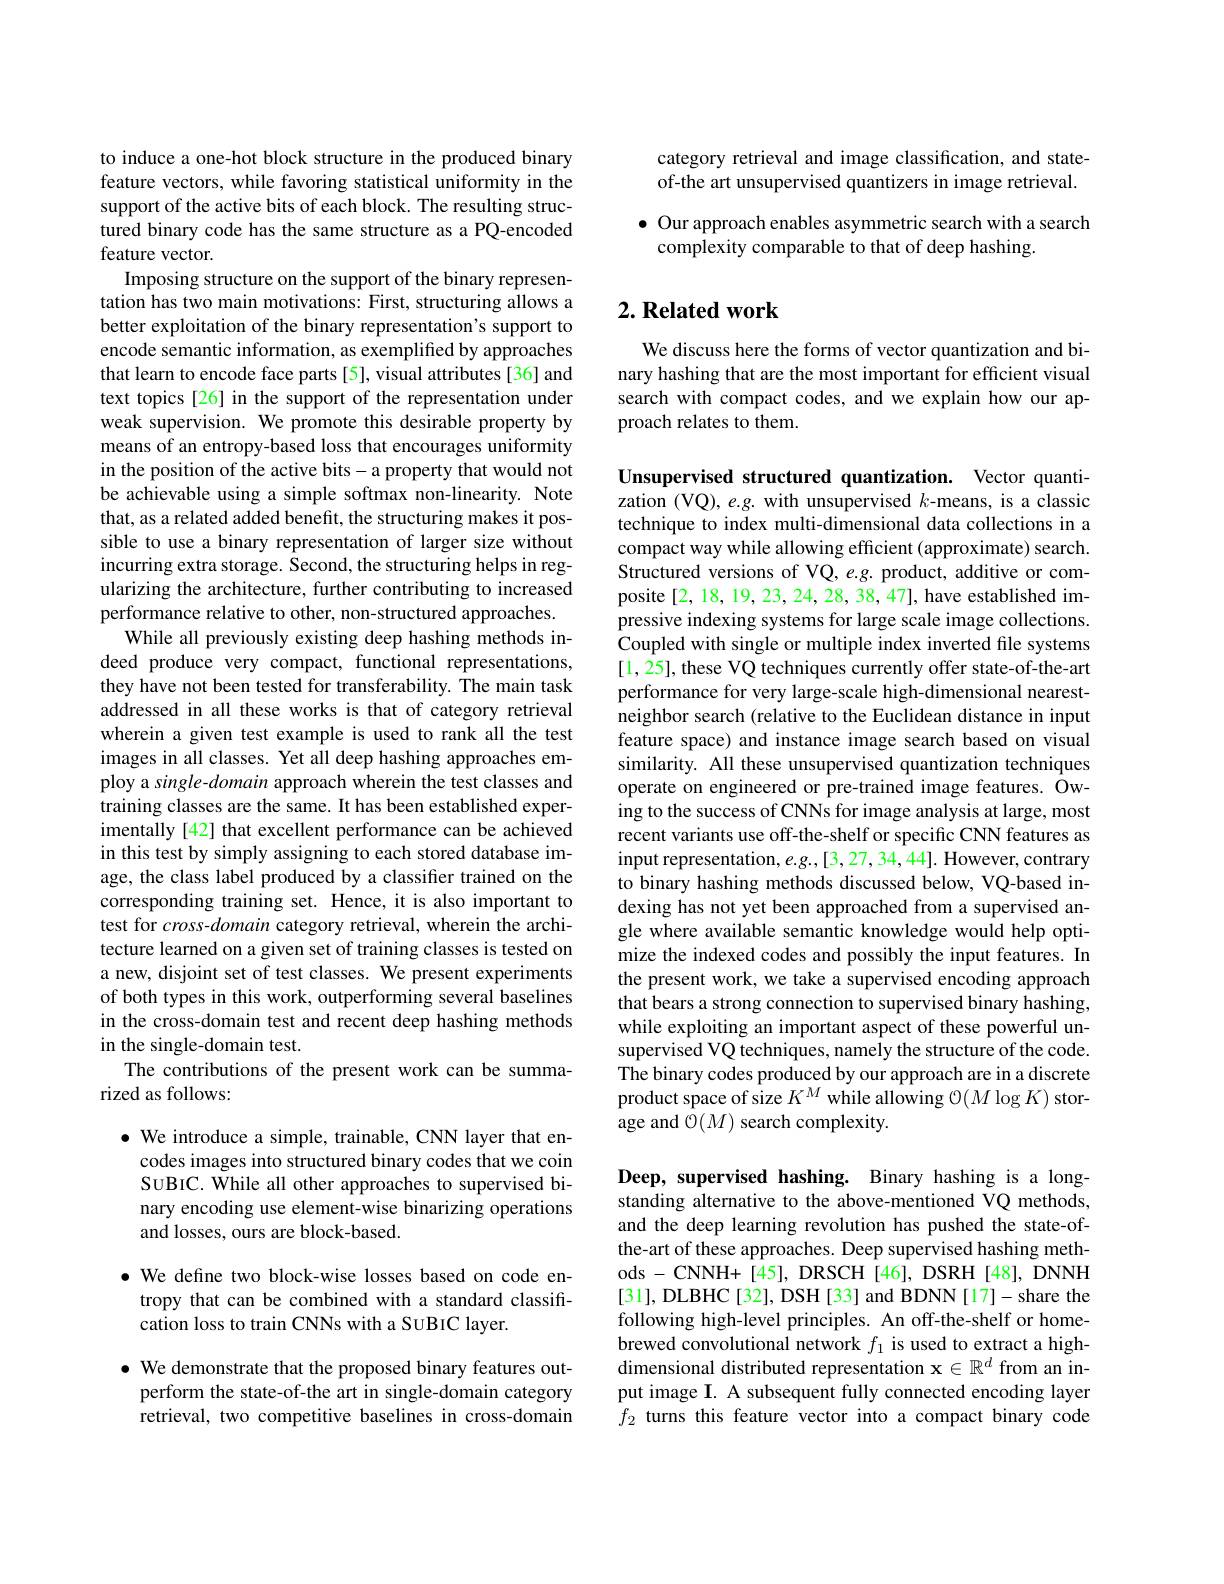
to induce a one-hot block structure in the produced binary feature vectors, while favoring statistical uniformity in the support of the active bits of each block. The resulting structured binary code has the same structure as a PQ-encoded feature vector.
Imposing structure on the support of the binary representation has two main motivations: First, structuring allows a better exploitation of the binary representation's support to encode semantic information, as exemplified by approaches that learn to encode face parts [5], visual attributes [36] and text topics [26] in the support of the representation under weak supervision. We promote this desirable property by means of an entropy-based loss that encourages uniformity in the position of the active bits- a property that would not be achievable using a simple softmax non-linearity. Note that, as a related added benefit, the structuring makes it possible to use a binary representation of larger size without incurring extra storage. Second, the structuring helps in regularizing the architecture, further contributing to increased performance relative to other, non-structured approaches.
While all previously existing deep hashing methods indeed produce very compact, functional representations, they have not been tested for transferability. The main task addressed in all these works is that of category retrieval wherein a given test example is used to rank all the test images in all classes. Yet all deep hashing approaches employ a single-domain approach wherein the test classes and training classes are the same. It has been established experimentally [42] that excellent performance can be achieved in this test by simply assigning to each stored database image, the class label produced by a classifier trained on the corresponding training set. Hence, it is also important to test for $cross-domain$ category retrieval, wherein the architecture learned on a given set of training classes is tested on a new, disjoint set of test classes. We present experiments of both types in this work, outperforming several baselines in the cross-domain test and recent deep hashing methods in the single-domain test.
The contributions of the present work can be summa-
rized as follows:

$\bullet$ We introduce a simple, trainable, CNN layer that en-
codes images into structured binary codes that we coin SUBIC. While all other approaches to supervised binary encoding use element-wise binarizing operations and losses, ours are block-based.

$\bullet$ We define two block-wise losses based on code entropy that can be combined with a standard classification loss to train CNNs with a SUBIC layer.

$\bullet$ We demonstrate that the proposed binary features outperform the state-of-the art in single-domain category retrieval, two competitive baselines in cross-domain

category retrieval and image classification, and stateof-the art unsupervised quantizers in image retrieval.

$\bullet$ Our approach enables asymmetric search with a search
complexity comparable to that of deep hashing.

## $2. \textbf{ Related work}$

We discuss here the forms of vector quantization and binary hashing that are the most important for efficient visual search with compact codes, and we explain how our approach relates to them.

Unsupervised structured quantization. Vector quantization (VQ), e.g. with unsupervised $k$-means, is a classic technique to index multi-dimensional data collections in a compact way while allowing efficient (approximate) search. Structured versions of VQ, e.g. product, additive or composite [2,18,19,23,24,28,38,47], have established impressive indexing systems for large scale image collections. Coupled with single or multiple index inverted file systems [1,25], these VQ techniques currently offer state-of-the-art performance for very large-scale high-dimensional nearestneighbor search (relative to the Euclidean distance in input feature space) and instance image search based on visual similarity. All these unsupervised quantization techniques operate on engineered or pre-trained image features. Owing to the success of CNNs for image analysis at large, most recent variants use off-the-shelf or specific CNN features as input representation, $e.g.,[3,27,34,44].$ However, contrary to binary hashing methods discussed below, VQ-based indexing has not yet been approached from a supervised angle where available semantic knowledge would help optimize the indexed codes and possibly the input features. In the present work, we take a supervised encoding approach that bears a strong connection to supervised binary hashing, while exploiting an important aspect of these powerful unsupervised VQ techniques, namely the structure of the code. The binary codes produced by our approach are in a discrete product space of size $K^M$ while allowing O($M\log K)$ storage and $\bar{\mathcal{O}}(M)$ search complexity.

Deep, supervised hashing. Binary hashing is a longstanding alternative to the above-mentioned VQ methods, and the deep learning revolution has pushed the state-ofthe-art of these approaches. Deep supervised hashing methods - CNNH+ [45], DRSCH [46], DSRH [48], DNNH [31],DLBHC[32], DSH[33] and BDNN[17]-share the following high-level principles. An off-the-shelf or homebrewed convolutional network $f_{1}$ is used to extract a highdimensional distributed representation $\mathbf{x}\in\mathbb{R}^d$ from an input image I. A subsequent fully connected encoding layer $f_2$ turns this feature vector into a compact binary code